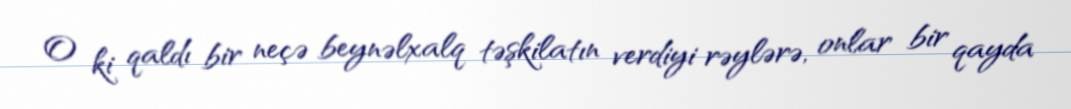
O ki qaldı bir neçə beynəlxalq təşkilatın verdiyi rəylərə, onlar bir qayda